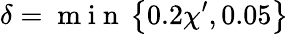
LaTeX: \delta=\mathrm{~m~i~n~}\left\{ 0.2\chi^{\prime},0.05\right\}